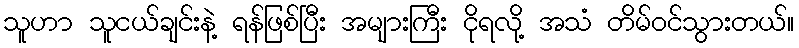
သူဟာ သူငယ်ချင်းနဲ့ ရန်ဖြစ်ပြီး အများကြီး ငိုရလို့ အသံ တိမ်ဝင်သွားတယ်။